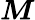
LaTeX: \boldsymbol{M}